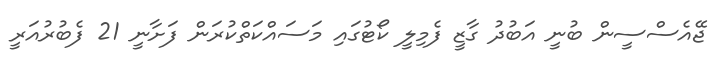
ޖޭއެސްސީން ބުނީ އަބުދު ގާޒީ ފެމިލީ ކޯޓުގައި މަސައްކަތްކުރަން ފަށާނީ 21 ފެބުރުއަރީ